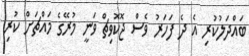
ބައްދަލުކުރި އެ ދެ ފަހަރު ވެސް ޖޮކޮވިޗް ވަނީ މުރޭގެ މައްޗަށް ކުރި